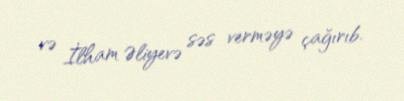
və İlham Əliyevə səs verməyə çağırıb.